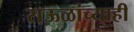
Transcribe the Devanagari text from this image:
राऊळांच्याही